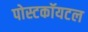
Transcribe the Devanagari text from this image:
पोस्टकॉयटल